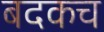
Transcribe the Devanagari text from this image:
बदकच